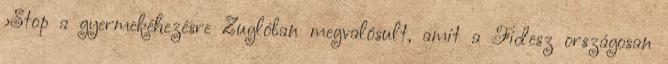
›Stop a gyermekéhezésre Zuglóban megvalósult, amit a Fidesz országosan